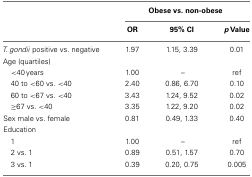
|  | <COLSPAN=3> Obese vs. non-obese |
 |  | OR | 95% CI | p Value |
 | --- | --- | --- | --- |
 | T. gondii positive vs. negative | 1.97 | 1.15, 3.39 | 0.01 |
 | Age (quartiles) |
 | <40 years | 1.00 | – | ref |
 | 40 to <60 vs. <40 | 2.40 | 0.86, 6.70 | 0.10 |
 | 60 to <67 vs. <40 | 3.43 | 1.24, 9.52 | 0.02 |
 | ≥67 vs. <40 | 3.35 | 1.22, 9.20 | 0.02 |
 | Sex male vs. female | 0.81 | 0.49, 1.33 | 0.40 |
 | Education |
 | 1 | 1.00 | – | ref |
 | 2 vs. 1 | 0.89 | 0.51, 1.57 | 0.70 |
 | 3 vs. 1 | 0.39 | 0.20, 0.75 | 0.005 |